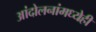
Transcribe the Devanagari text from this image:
आंदोलनांमध्येही